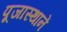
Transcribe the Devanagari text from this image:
पूजास्थानें